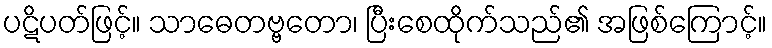
ပဋိပတ်ဖြင့်။ သာဓေတဗ္ဗတော၊ ပြီးစေထိုက်သည်၏ အဖြစ်ကြောင့်။